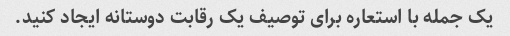
یک جمله با استعاره برای توصیف یک رقابت دوستانه ایجاد کنید.